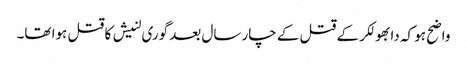
واضح ہو کہ دابھولکر کے قتل کے چار سال بعد گوری لنیش کا قتل ہوا تھا۔